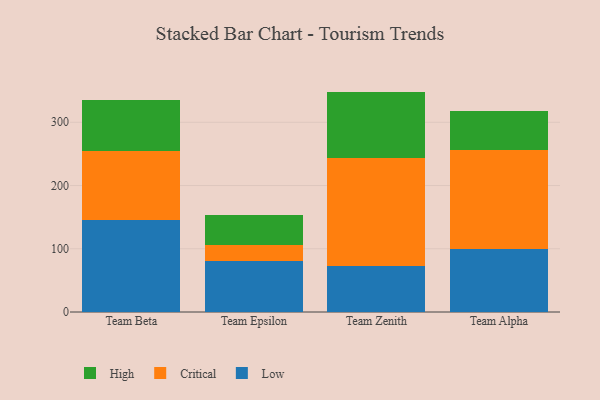
{"axis": {"x": "Team", "y": "Conversion Rate (%)"}, "legend": ["Critical", "High", "Low"], "data": [{"x": "Team Beta", "y": 145.4, "type": "Low"}, {"x": "Team Beta", "y": 109.3, "type": "Critical"}, {"x": "Team Beta", "y": 80.5, "type": "High"}, {"x": "Team Epsilon", "y": 80.2, "type": "Low"}, {"x": "Team Epsilon", "y": 25.3, "type": "Critical"}, {"x": "Team Epsilon", "y": 47.9, "type": "High"}, {"x": "Team Zenith", "y": 72.4, "type": "Low"}, {"x": "Team Zenith", "y": 171.6, "type": "Critical"}, {"x": "Team Zenith", "y": 104.5, "type": "High"}, {"x": "Team Alpha", "y": 99.0, "type": "Low"}, {"x": "Team Alpha", "y": 157.2, "type": "Critical"}, {"x": "Team Alpha", "y": 61.2, "type": "High"}]}